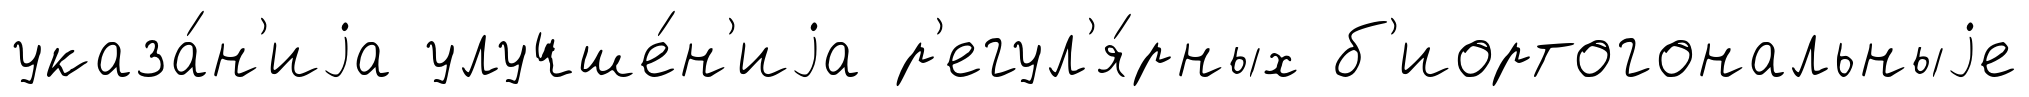
указа́н'иjа улучше́н'иjа р'егул'я́рных б'иортогональныjе